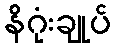
နိဂုံးချုပ်